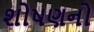
શોષણનો